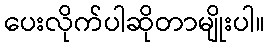
ပေးလိုက်ပါဆိုတာမျိုးပါ။